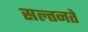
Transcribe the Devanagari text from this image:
सल्तनते